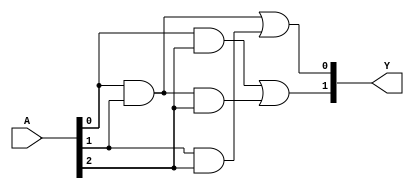
module PAL (
    input wire [N-1:0] A, // N input signals
    output wire [M-1:0] Y // M output signals
);

// Parameters
parameter N = 3; // Number of input signals (can be changed)
parameter M = 2; // Number of output signals (can be changed)
parameter K = 4; // Number of programmable AND gates (fixed)

// Programmable AND array
wire [K-1:0] and_out; // Outputs of the AND gates

// Example programmable connections for the AND gates
// You can modify these connections based on your requirements
assign and_out[0] = A[0] & A[1];            // AND gate 0: A0 AND A1
assign and_out[1] = A[1] & A[2];            // AND gate 1: A1 AND A2
assign and_out[2] = A[0] & A[2];            // AND gate 2: A0 AND A2
assign and_out[3] = A[0] & A[1] & A[2];     // AND gate 3: A0 AND A1 AND A2

// Fixed OR array
assign Y[0] = and_out[0] | and_out[1];      // OR gate 0: AND gate 0 OR AND gate 1
assign Y[1] = and_out[2] | and_out[3];      // OR gate 1: AND gate 2 OR AND gate 3

endmodule